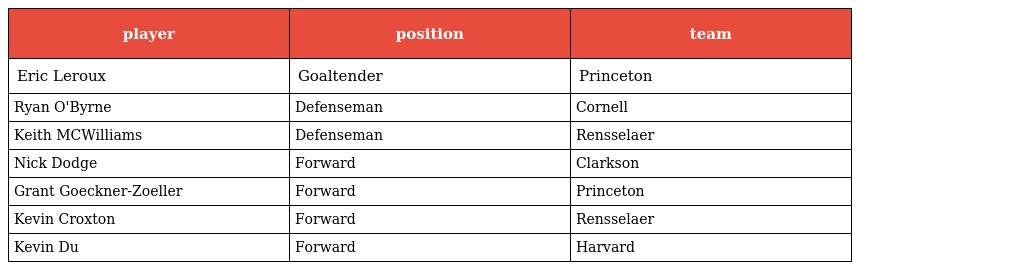
| player | position | team |
 | --- | --- | --- |
 | Eric Leroux | Goaltender | Princeton |
 | Ryan O'Byrne | Defenseman | Cornell |
 | Keith MCWilliams | Defenseman | Rensselaer |
 | Nick Dodge | Forward | Clarkson |
 | Grant Goeckner-Zoeller | Forward | Princeton |
 | Kevin Croxton | Forward | Rensselaer |
 | Kevin Du | Forward | Harvard |